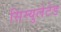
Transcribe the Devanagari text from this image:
सिम्युलेटेड